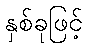
နှစ်ခုဖြင့်